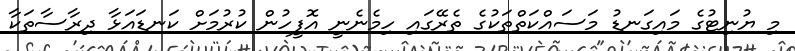
މި ޔުނިޓުގެ މައިގަނޑު މަސައްކަތްތަކުގެ ތެރޭގައި ހިމެނެނީ އޮފީހުން ކުރުމަށް ކަނޑައަޅާ ދިރާސާތަކާ